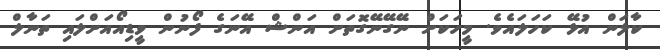
ކާލަން އުޅޭ ކަހަލައެވެ. މީހަކަށް ނޭގޭނޭގޮތަށް އަންޝް އޭނަގެ ފޯނުން ވީޑިއޯއަށްލައި ތަނާލް